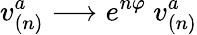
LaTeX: v_{(n)}^{a}\longrightarrow e^{n\varphi}\ v_{(n)}^{a}